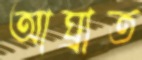
আঘ্রাত